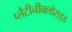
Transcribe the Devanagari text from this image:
प्लैटीनीक्लोराइड